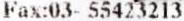
FAX:03- 55423213